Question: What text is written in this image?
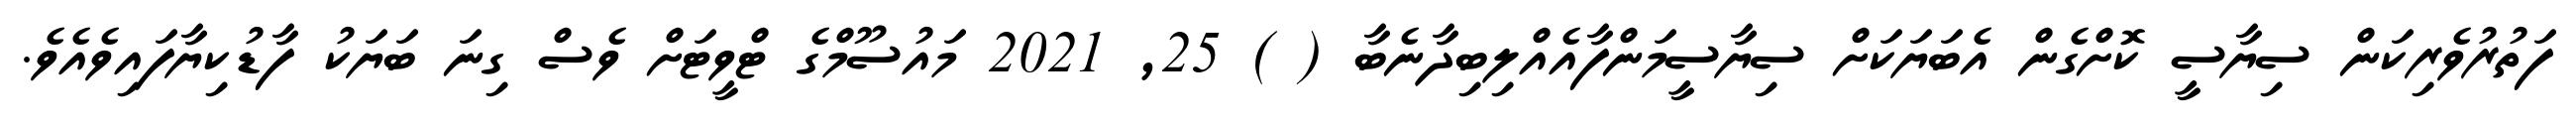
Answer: ފަތުރުވެރިކަން ސިޔާސީ ކޮށްގެން އެބަޔަކަށް ސިޔާސީމަންފާއެއްލިބިދާނެބާ ( ) 25, 2021 މައުސޫމްގެ ޓްވީޓަށް ވެސް ގިނަ ބަޔަކު ފާޑުކިޔާފައިވެއެވެ.